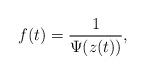
LaTeX: \begin{align*}f(t)=\frac{1}{\Psi(z(t))},\end{align*}